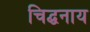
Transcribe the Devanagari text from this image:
चिद्घनाय